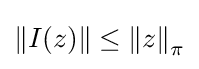
\left\|I(z)\right\|\leq \left\|z\right\|_{\pi }